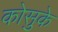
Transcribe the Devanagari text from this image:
कोसुके